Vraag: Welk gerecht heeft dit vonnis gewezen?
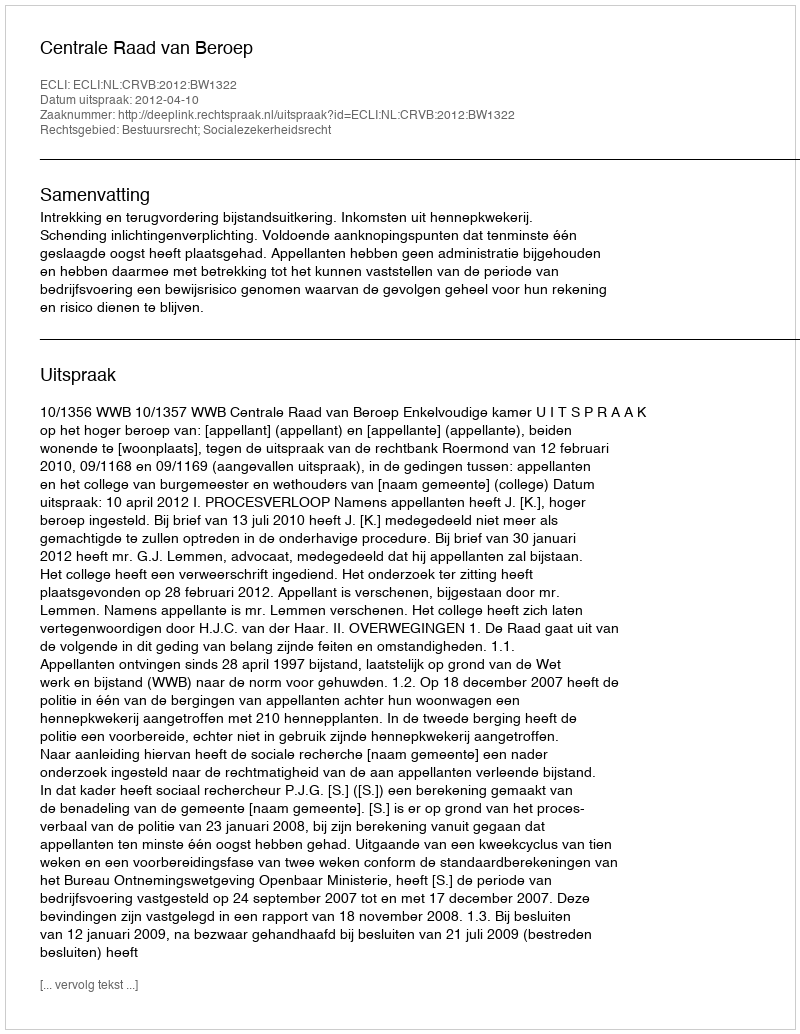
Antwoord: Centrale Raad van Beroep